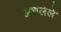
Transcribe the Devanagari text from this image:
अशलेले